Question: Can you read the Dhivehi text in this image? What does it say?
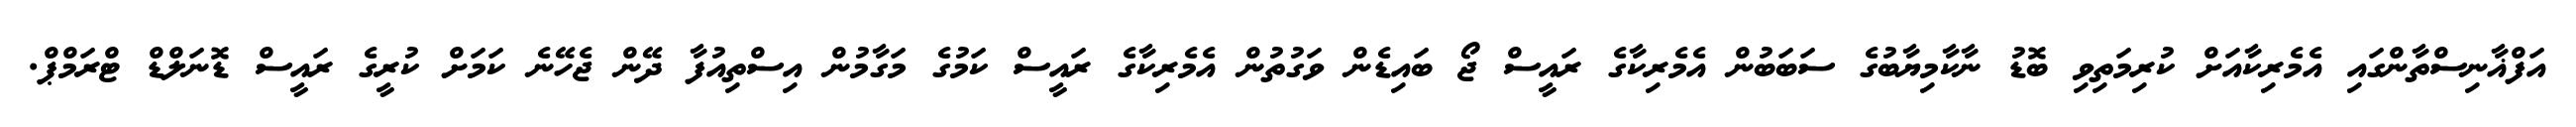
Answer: އަފްޣާނިސްތާންގައި އެމެރިކާއަށް ކުރިމަތިވި ބޮޑު ނާކާމިޔާބުގެ ސަބަބުން އެމެރިކާގެ ރައީސް ޖޯ ބައިޑެން ވަގުތުން އެމެރިކާގެ ރައީސް ކަމުގެ މަގާމުން އިސްތިއުފާ ދޭން ޖެހޭނެ ކަމަށް ކުރީގެ ރައީސް ޑޮނަލްޑް ޓްރަމްޕް.